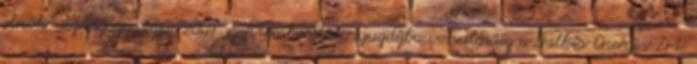
elnök-vezérigazgatója. 2007 szeptemberétôl nyugdíjba vonulásáig a Dalkia Energia Zrt.